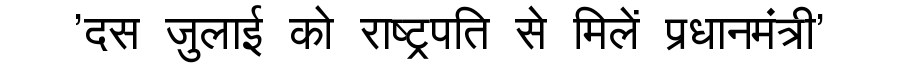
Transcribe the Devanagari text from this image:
'दस जुलाई को राष्ट्रपति से मिलें प्रधानमंत्री'